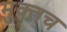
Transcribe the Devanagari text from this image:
मुक्तच